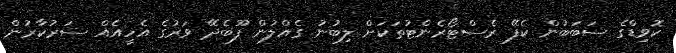
ކޮވިޑްގެ ސަބަބުން ކެފޭ ރެސްޓޯރެންޓުތަކަށް ލިބުނު ގެއްލުން ފޫބެދޭ ވަރުގެ އެހީއެއް ސަރުކާރުން